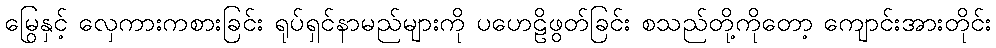
မြွေနှင့် လှေကားကစားခြင်း ရုပ်ရှင်နာမည်များကို ပဟေဠိဖွတ်ခြင်း စသည်တို့ကိုတော့ ကျောင်းအားတိုင်း